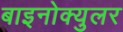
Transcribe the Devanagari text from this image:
बाइनोक्युलर